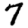
Digit: 7